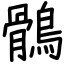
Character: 鶻